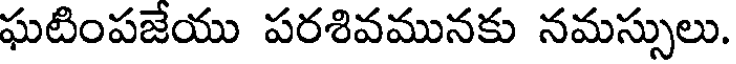
ఘటింపజేయు పరశివమునకు నమస్సులు.